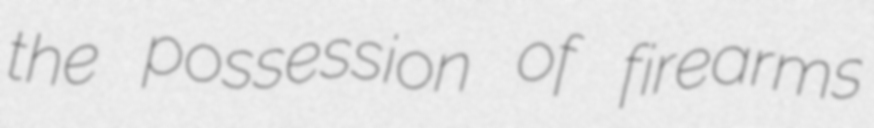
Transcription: the possession of firearms